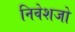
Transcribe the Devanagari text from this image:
निवेशजो